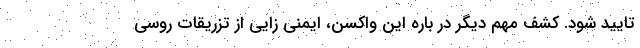
تایید شود. کشف مهم دیگر در باره این واکسن، ایمنی زایی از تزریقات روسی